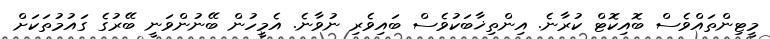
މީޓިންތައްވެސް ބޮއިކޮޓް ކުރާނެ. އިންތިޚާބަކުވެސް ބައިވެރި ނުވާނެ. އެމީހުން ބޭނުންވަނީ ބޭރުގެ ގައުމުތަކަށް